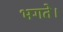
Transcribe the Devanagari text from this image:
भगते।